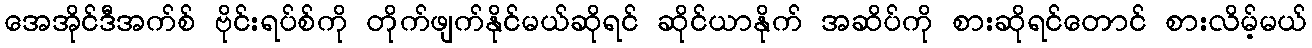
အေအိုင်ဒီအက်စ် ဗိုင်းရပ်စ်ကို တိုက်ဖျက်နိုင်မယ်ဆိုရင် ဆိုင်ယာနိုက် အဆိပ်ကို စားဆိုရင်တောင် စားလိမ့်မယ်